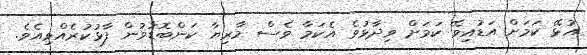
އުޅޭ ކަމަށް އަޑުއިވޭ ކަމަށް ވިދާޅުވެ އެކަމާ ވެސް މާރިޔާ ކަންބޮޑުވުން ފާޅުކުރެއްވިއެވެ.